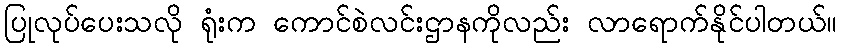
ပြုလုပ်ပေးသလို ရုံးက ကောင်စဲလင်းဌာနကိုလည်း လာရောက်နိုင်ပါတယ်။